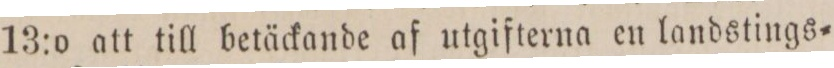
13:o att till betäckande af utgifterna en landstings=